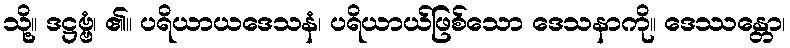
သို့။ ဒဋ္ဌဗ္ဗံ၊ ၏။ ပရိယာယဒေသနံ၊ ပရိယာယ်ဖြစ်သော ဒေသနာကို။ ဒေဿန္တော၊